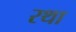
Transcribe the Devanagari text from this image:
रथा